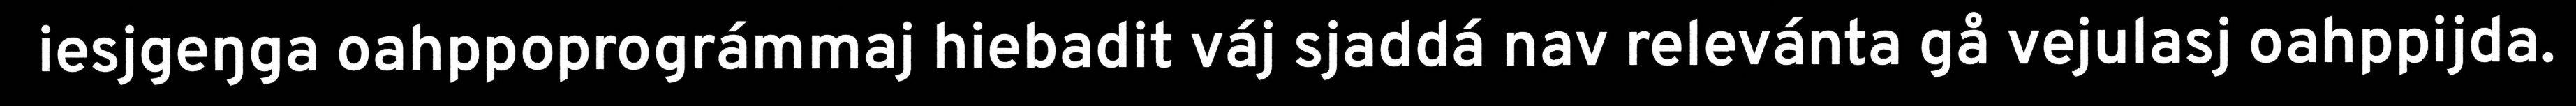
iesjgeŋga oahppoprográmmaj hiebadit váj sjaddá nav relevánta gå vejulasj oahppijda.